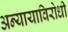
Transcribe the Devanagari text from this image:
अन्यायाविरोधी